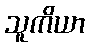
သူကိယာ